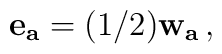
{\bf e_a}= (1/2){\bf w_a}\, ,